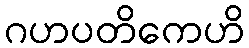
ဂဟပတိကေဟိ